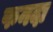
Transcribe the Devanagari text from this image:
फनदा